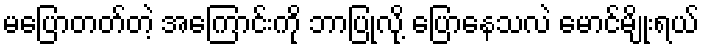
မပြောတတ်တဲ့ အကြောင်းကို ဘာပြုလို့ ပြောနေသလဲ မောင်မျိုးရယ်